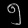
Digit: ၅